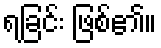
ရခြင်း ဖြစ်၏။